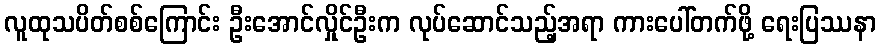
လူထုသပိတ်စစ်ကြောင်း ဦးအောင်လှိုင်ဦးက လုပ်ဆောင်သည့်အရာ ကားပေါ်တက်ဖို့ ရေးပြဿနာ